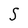
Character: S